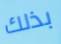
بذلك